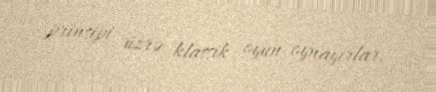
prinsipi üzrə klassik oyun oynayırlar.